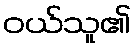
ဝယ်သူ၏